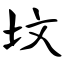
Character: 坟